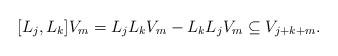
LaTeX: \begin{align*}[L_j,L_k]V_m=L_jL_kV_m-L_kL_jV_m \subseteq V_{j+k+m}.\end{align*}